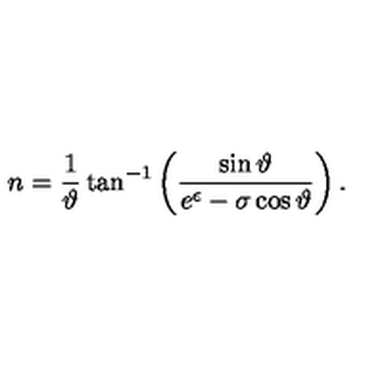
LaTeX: n = \frac { 1 } { \vartheta } \tan ^ { - 1 } \left( \frac { \sin \vartheta } { e ^ { \epsilon } - \sigma \cos \vartheta } \right) .